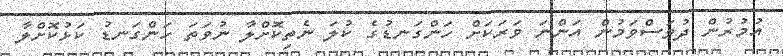
އުމުރުން ދުވަސްވަމުން އަންނަ ވަރަކަށް ހަންގަނޑުގެ ކުލަ ނެތިކޮށްލާ ނުވަތަ ހަންގަނޑު ކަޅުކޮށްލާ